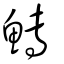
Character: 鱄